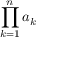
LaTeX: \prod _ { k = 1 } ^ { n } a _ { k }